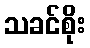
သခင်စိုး